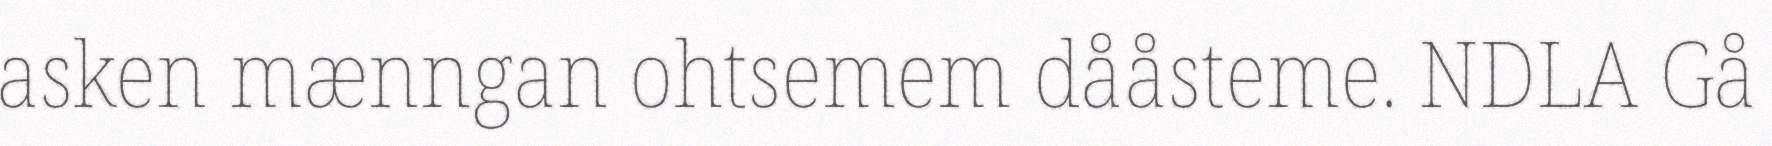
asken mænngan ohtsemem dååsteme. NDLA Gå